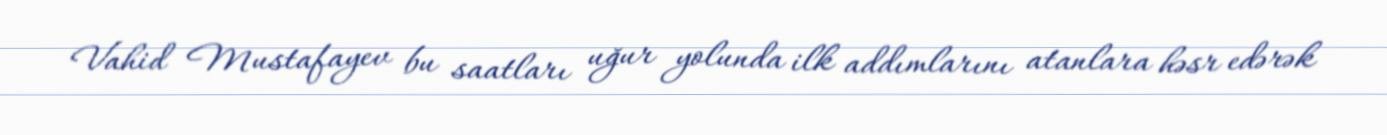
Vahid Mustafayev bu saatları uğur yolunda ilk addımlarını atanlara həsr edərək